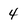
Character: 4